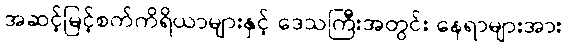
အဆင့်မြင့်စက်ကိရိယာများနှင့် ဒေသကြီးအတွင်း နေရာများအား